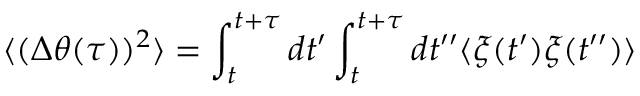
\langle ( \Delta \theta ( \tau ) ) ^ { 2 } \rangle = \int _ { t } ^ { t + \tau } d t ^ { \prime } \int _ { t } ^ { t + \tau } d t ^ { \prime \prime } \langle \xi ( t ^ { \prime } ) \xi ( t ^ { \prime \prime } ) \rangle